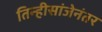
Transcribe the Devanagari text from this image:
तिन्हीसांजेनंतर